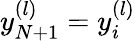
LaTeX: y_{N+1}^{(l)}=y_{i}^{(l)}